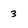
Character: 3